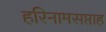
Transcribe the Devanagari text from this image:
हरिनामसप्ताह